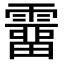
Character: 𩅸